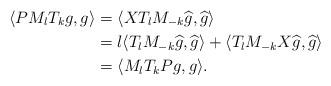
LaTeX: \begin{align*}\langle P M_l T_k g, g \rangle & = \langle X T_l M_{-k} \widehat{g}, \widehat{g} \rangle\\& = l \langle T_l M_{-k} \widehat{g}, \widehat{g} \rangle + \langle T_l M_{-k} X \widehat{g}, \widehat{g} \rangle\\& =\langle M_l T_k P g, g \rangle.\end{align*}